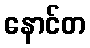
နောင်တ